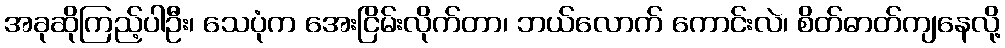
အခုဆိုကြည့်ပါဦး၊ သေပုံက အေးငြိမ်းလိုက်တာ၊ ဘယ်လောက် ကောင်းလဲ၊ စိတ်ဓာတ်ကျနေလို့